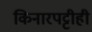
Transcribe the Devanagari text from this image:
किनारपट्टीही